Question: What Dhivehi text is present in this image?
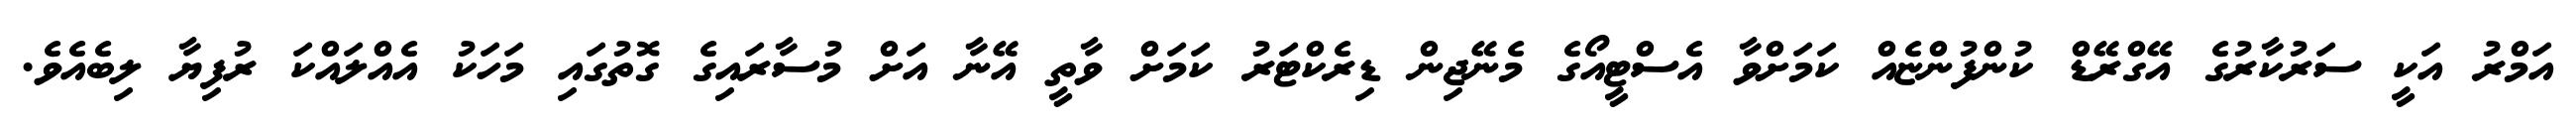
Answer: އަމްރު އަކީ ސަރުކާރުގެ އޭގްރޭޑް ކުންފުންޏެއް ކަމަށްވާ އެސްޓީއޯގެ މެނޭޖިން ޑިރެކްޓަރު ކަމަށް ވާތީ އޭނާ އަށް މުސާރައިގެ ގޮތުގައި މަހަކު އެއްލައްކަ ރުފިޔާ ލިބެއެވެ.